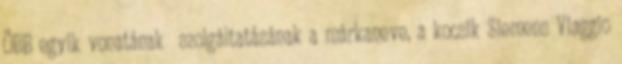
ÖBB egyik vonatának szolgáltatásának a márkaneve, a kocsik Siemens Viaggio